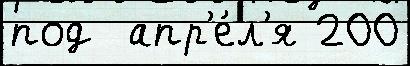
под  апр'е́л'я 200